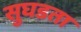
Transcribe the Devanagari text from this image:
सुघडता